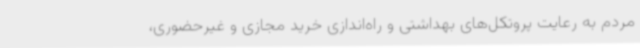
مردم به رعایت پروتکل‌های بهداشتی و راه‌اندازی خرید مجازی و غیرحضوری،